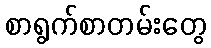
စာရွက်စာတမ်းတွေ